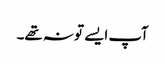
آپ ایسے تو نہ تھے۔